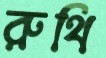
রুথি